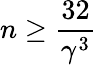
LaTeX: n\geq\frac{32}{\gamma^{3}}